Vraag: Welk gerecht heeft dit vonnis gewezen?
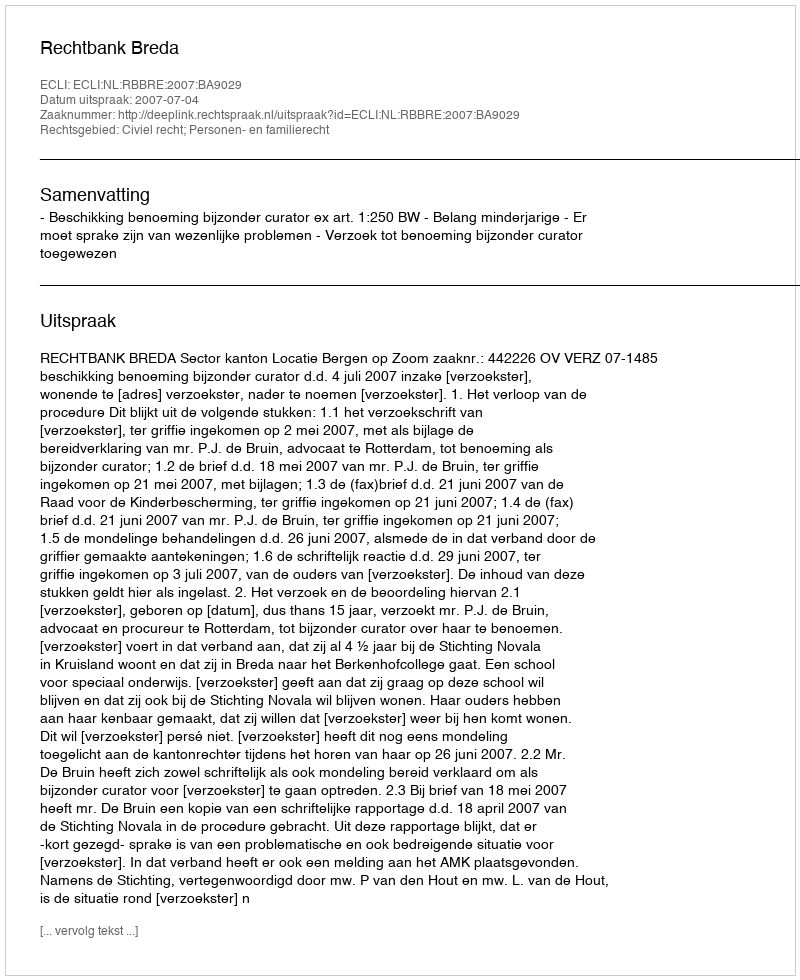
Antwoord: Rechtbank Breda